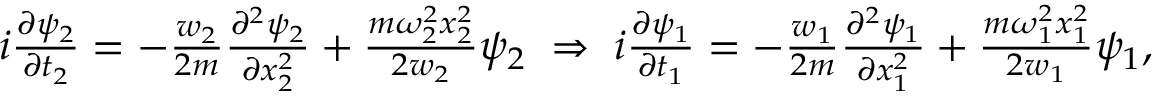
\begin{array} { r } { i \frac { \partial \psi _ { 2 } } { \partial t _ { 2 } } = - \frac { w _ { 2 } } { 2 m } \frac { \partial ^ { 2 } \psi _ { 2 } } { \partial x _ { 2 } ^ { 2 } } + \frac { m \omega _ { 2 } ^ { 2 } x _ { 2 } ^ { 2 } } { 2 w _ { 2 } } \psi _ { 2 } \; \Rightarrow \; i \frac { \partial \psi _ { 1 } } { \partial t _ { 1 } } = - \frac { w _ { 1 } } { 2 m } \frac { \partial ^ { 2 } \psi _ { 1 } } { \partial x _ { 1 } ^ { 2 } } + \frac { m \omega _ { 1 } ^ { 2 } x _ { 1 } ^ { 2 } } { 2 w _ { 1 } } \psi _ { 1 } , } \end{array}